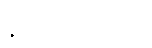
နည်းပညာပေး